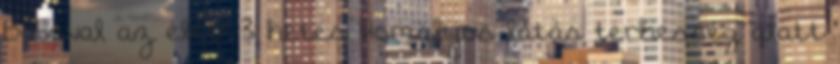
Babával az élet: 3 hetes Homályos látás terhesség alatt